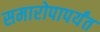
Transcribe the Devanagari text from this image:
समारोपापर्यंत